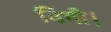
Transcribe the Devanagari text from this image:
विमी।